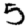
Digit: 5